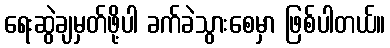
ရေးဆွဲချမှတ်ဖို့ပါ ခက်ခဲသွားစေမှာ ဖြစ်ပါတယ်။